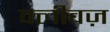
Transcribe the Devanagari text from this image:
क्लीवज़